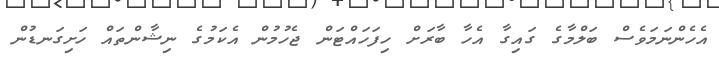
އެހެންނަމަވެސް ބަލްމާގެ ގައިގާ އެހާ ބާރަށް ހިފަހައްޓަން ޖެހުމުން އެކަމުގެ ނިޝާންތައް ހަށިގަނޑުން